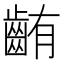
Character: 𪘃